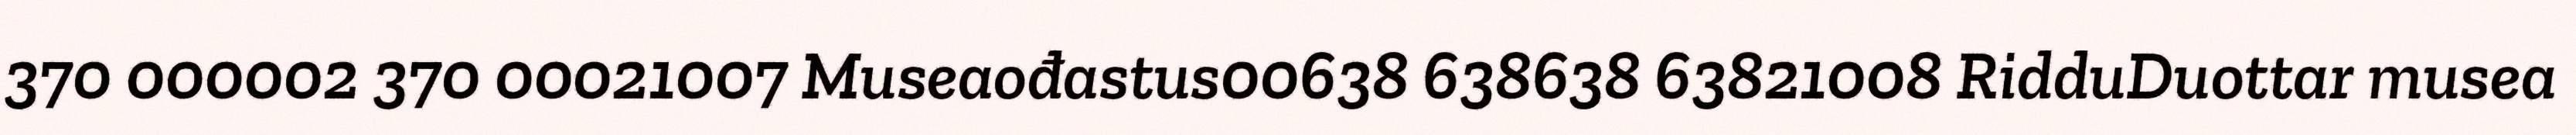
370 000002 370 00021007 Museaođastus00638 638638 63821008 RidduDuottar musea